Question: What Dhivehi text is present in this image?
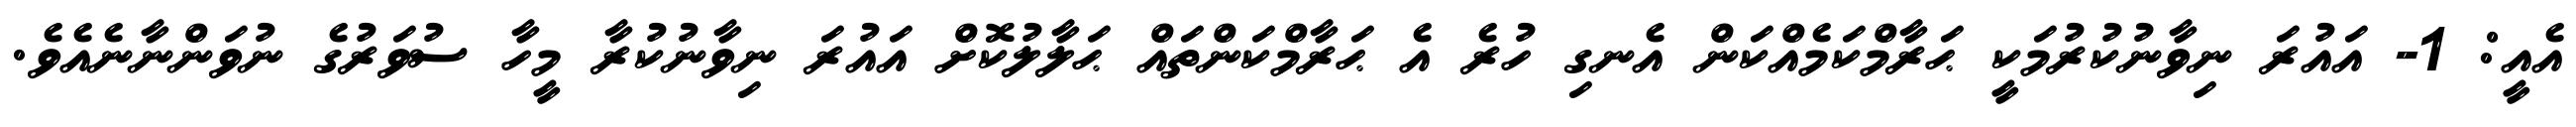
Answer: އެއީ: 1- އައުރަ ނިވާނުކުރުމަކީ ޙަރާމްކަމެއްކަން އެނގި ހުރެ އެ ޙަރާމްކަންތައް ޙަލާލުކޮށް އައުރަ ނިވާނުކުރާ މީހާ ސުވަރުގެ ނުވަންނާނެއެވެ.